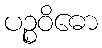
ပဉ္စဝိဓော